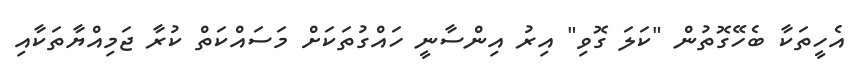
އެހީތަކާ ބެހޭގޮތުން "ކަލަ ގޮވި" އިރު އިންސާނީ ހައްގުތަކަށް މަސައްކަތް ކުރާ ޖަމިއްޔާތަކާއި